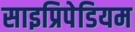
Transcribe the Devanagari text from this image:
साइप्रिपेडियम